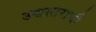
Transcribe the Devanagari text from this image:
उच्चस्तराची